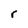
Character: r